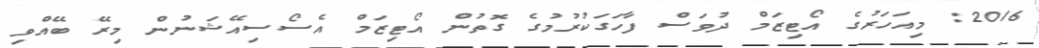
2016: މިއަހަރުގެ އޯޓިޒަމް ދުވަސް ފާހަގަކުރުމުގެ ގޮތުން އޯޓިޒަމް އެސޯސިއޭޝަނުން މިރޭ ބޭއްވި